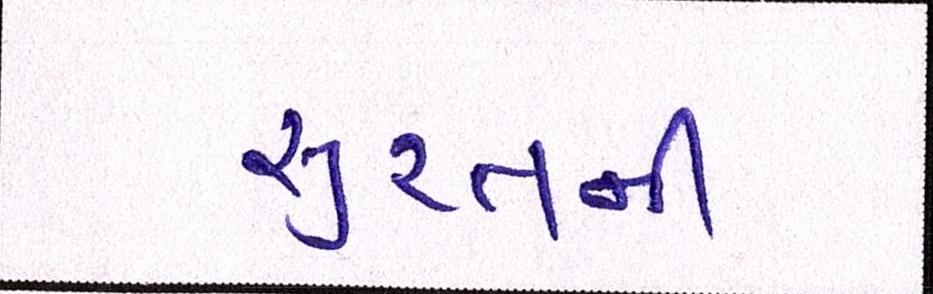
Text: સુરતની